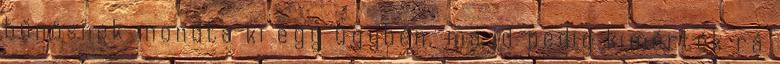
bűnösnek mondta ki egy ügyben, majd pedig kimérték rá